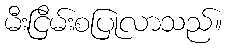
မီးငြိမ်းစပြုလာသည်။